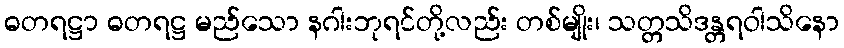
ဓတရဋ္ဌာ ဓတရဋ္ဌ မည်သော နဂါးဘုရင်တို့လည်း တစ်မျိုး၊ သတ္တသိဒန္တရဝါသိနော